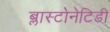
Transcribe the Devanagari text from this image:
ब्लास्टोनेटिडी